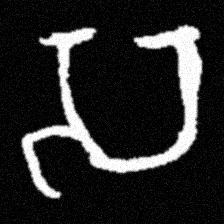
Pyu character \u2014 Myanmar letter: သ (romanized: sa)